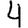
Digit: 4